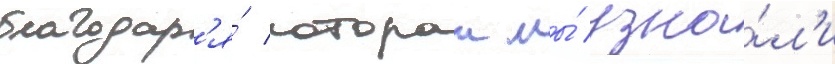
благодар'я́ которои мы́ узна́л'и